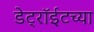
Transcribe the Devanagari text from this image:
डेट्रॉईटच्या